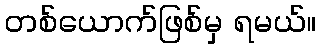
တစ်ယောက်ဖြစ်မှ ရမယ်။